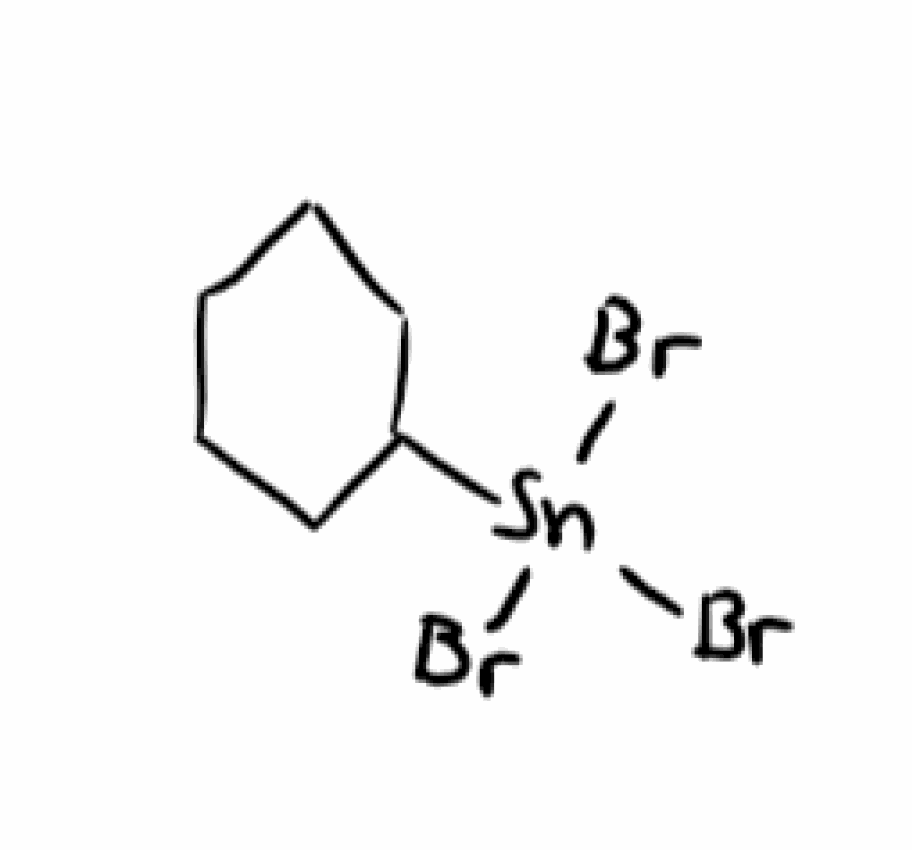
Simplified molecular-input line-entry system (SMILES) notation of the given molecule:
C1CCC(CC1)[Sn](Br)(Br)Br